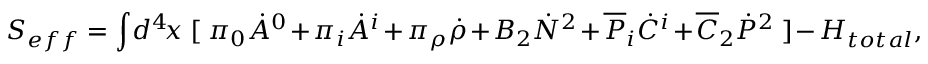
S _ { e f f } = \int \! d ^ { 4 } \! x ~ [ ~ \pi _ { 0 } \dot { A } ^ { 0 } + \pi _ { i } \dot { A } ^ { i } + \pi _ { \rho } \dot { \rho } + B _ { 2 } \dot { N } ^ { 2 } + \overline { { { \cal P } } } _ { i } \dot { \cal C } ^ { i } + \overline { { { \cal C } } } _ { 2 } \dot { \cal P } ^ { 2 } ~ ] - H _ { t o t a l } ,